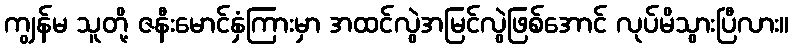
ကျွန်မ သူတို့ ဇနီးမောင်နှံကြားမှာ အထင်လွဲအမြင်လွဲဖြစ်အောင် လုပ်မိသွားပြီလား။